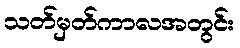
သတ်မှတ်ကာလအတွင်း